Vaccination in Burma 1920-1933 - 1920-1933
Year: 1920
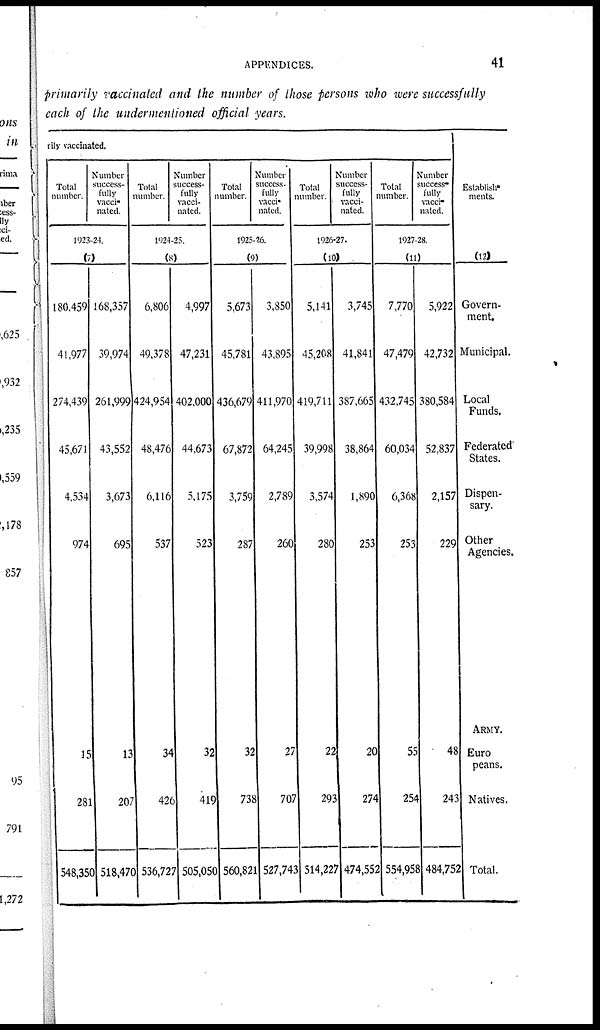
APPENDICES.
41
primarily vaccinated and the number of those persons who were successfully
each of the undermentioned official years.
rily vaccinated.
Total
number.
Number
success-
fully
vacci-
nated.
1923-24.
(7)
180,459
41,977
274,439
45,671
4,534
974
15
281
548,350
168,357
39,974
261,999
43,552
3,673
695
13
207
518,470
Total
number.
Number
success-
fully
vacci-
nated.
1924-25.
(8)
6,806
49,378
424,954
48,476
6,116
537
34
426
536,727
4,997
47,231
402,000
44,673
5,175
523
32
419
505,050
Total
number.
Number
success-
fully
vacci-
nated.
1925-26.
(9)
5,673
45,781
436,679
67,872
3,759
287
32
738
560,821
3,850
43,895
411,970
64,245
2,789
260
27
707
527,743
Total
number.
Number
success-
fully
vacci-
nated.
1926-27.
(10)
5,141
45,208
419,711
39,998
3,574
280
22
293
514,227
3,745
41,841
387,665
38,864
1,890
253
20
274
474,552
Total
number.
Number
success-
fully
vacci-
nated.
1927-28.
(11)
7,770
47,479
432,745
60,034
6,368
253
55
254
554,958
5,922
42,732
380,584
52,837
2,157
229
48
243
484,752
Establish-
ments.
(12)
Govern-
ment.
Municipal.
Local
Funds.
Federated
States.
Dispen-
sary.
Other
Agencies.
ARMY.
Euro
peans.
Natives.
Total.